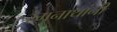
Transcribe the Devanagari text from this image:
रंगनाथांनी